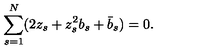
\sum _ { s = 1 } ^ { N } ( 2 z _ { s } + z _ { s } ^ { 2 } b _ { s } + \bar { b } _ { s } ) = 0 .